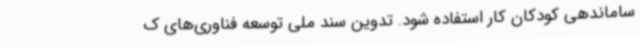
ساماندهی کودکان کار استفاده شود. تدوین سند ملی توسعه فناوری‌های ک